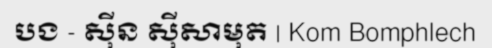
បង - ស៊ីន ស៊ីសាមុត | Kom Bomphlech